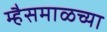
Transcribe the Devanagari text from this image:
म्हैसमाळच्या